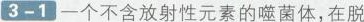
3-1一个不含放射性元素的噬菌体，在脱